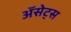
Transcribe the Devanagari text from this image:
ॲसेट्स